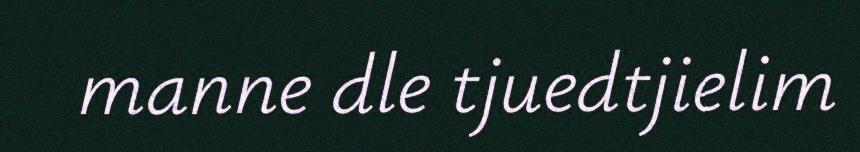
manne dle tjuedtjielim